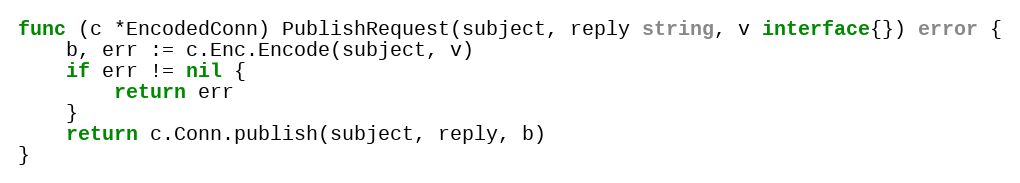
Language: Go
func (c *EncodedConn) PublishRequest(subject, reply string, v interface{}) error {
	b, err := c.Enc.Encode(subject, v)
	if err != nil {
		return err
	}
	return c.Conn.publish(subject, reply, b)
}